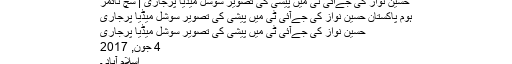
حسین نواز کی جےآئی ٹی میں پیشی کی تصویر سوشل میڈیا پرجاری | سچ ٹائمز
ہوم پاکستان حسین نواز کی جےآئی ٹی میں پیشی کی تصویر سوشل میڈیا پرجاری
حسین نواز کی جےآئی ٹی میں پیشی کی تصویر سوشل میڈیا پرجاری
4 جون, 2017
اسلام آباد ۔